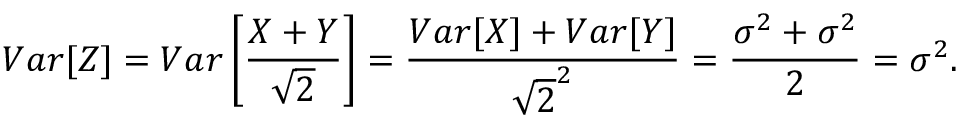
V a r [ Z ] = V a r \left[ \frac { X + Y } { \sqrt { 2 } } \right] = \frac { V a r [ X ] + V a r [ Y ] } { \sqrt { 2 } ^ { 2 } } = \frac { \sigma ^ { 2 } + \sigma ^ { 2 } } { 2 } = \sigma ^ { 2 } .